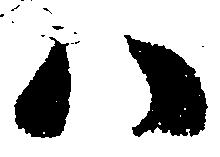
ハ